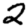
Digit: 2